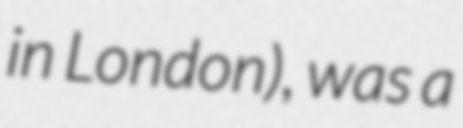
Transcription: in London), was a